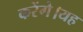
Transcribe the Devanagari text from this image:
करेंगे।यह